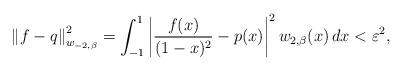
LaTeX: \begin{align*}\left\Vert f-q\right\Vert _{w_{-2,\beta}}^{2}=\int_{-1}^{1}\left\vert\frac{f(x)}{(1-x)^{2}}-p(x)\right\vert ^{2}w_{2,\beta}(x)\,dx<\varepsilon^{2},\end{align*}